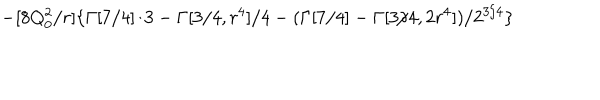
LaTeX: - [ 8 Q _ { 0 } ^ { 2 } / r ] \{ \Gamma [ 7 / 4 ] / 3 - \Gamma [ 3 / 4 , r ^ { 4 } ] / 4 - ( \Gamma [ 7 / 4 ] - \Gamma [ 3 / 4 , 2 r ^ { 4 } ] ) / 2 ^ { 3 / 4 } \}